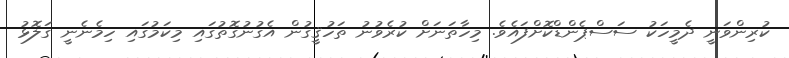
ކުރިންވަނީ ދެމީހަކު ސަސްޕެންޑްކޮށްފައެވެ. މިހާތަނަށް ކުރެވުނު ތަހުޤީގުން އެގުނުގޮތުގައި މިކަމުގައި ހިމެނެނީ ގަލޮޅު